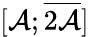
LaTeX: [\mathcal{A};{\overline{{{2\mathcal{A}}}}}]